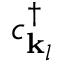
c _ { { \mathbf { k } } _ { l } } ^ { \dagger }